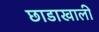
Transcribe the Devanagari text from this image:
छाडाखाली